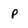
Character: p